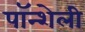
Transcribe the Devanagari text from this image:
पॉन्शेली